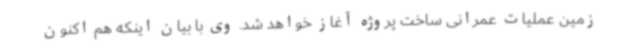
زمین عملیات عمرانی ساخت پروژه آغاز خواهد شد. وی با بیان اینکه هم اکنون